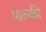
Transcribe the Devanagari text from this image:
पाल्की